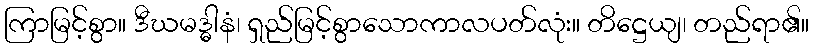
ကြာမြင့်စွာ။ ဒီဃမဒ္ဓါနံ၊ ရှည်မြင့်စွာသောကာလပတ်လုံး။ တိဋ္ဌေယျ၊ တည်ရာ၏။